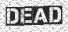
DEAD